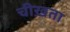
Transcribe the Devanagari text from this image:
चीख़ता